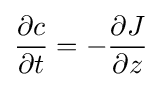
{\frac {\partial c}{\partial t}}=-{\frac {\partial J}{\partial z}}